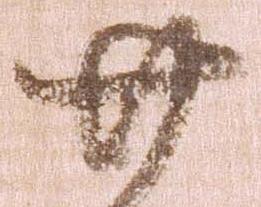
廿